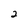
Character: 2